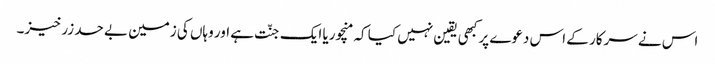
اس نے سرکار کے اس دعوے پر کبھی یقین نہیں کیا کہ منچوریا ایک جنّت ہے اور وہاں کی زمین بے حد زرخیز۔